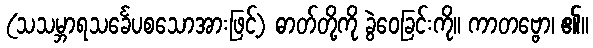
(သသမ္ဘာရသင်္ခေပစသောအားဖြင့်) ဓာတ်တို့ကို ခွဲဝေခြင်းကို။ ကာတဗ္ဗော၊ ၏။